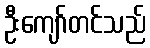
ဦးကျော်တင်သည်